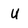
Character: U